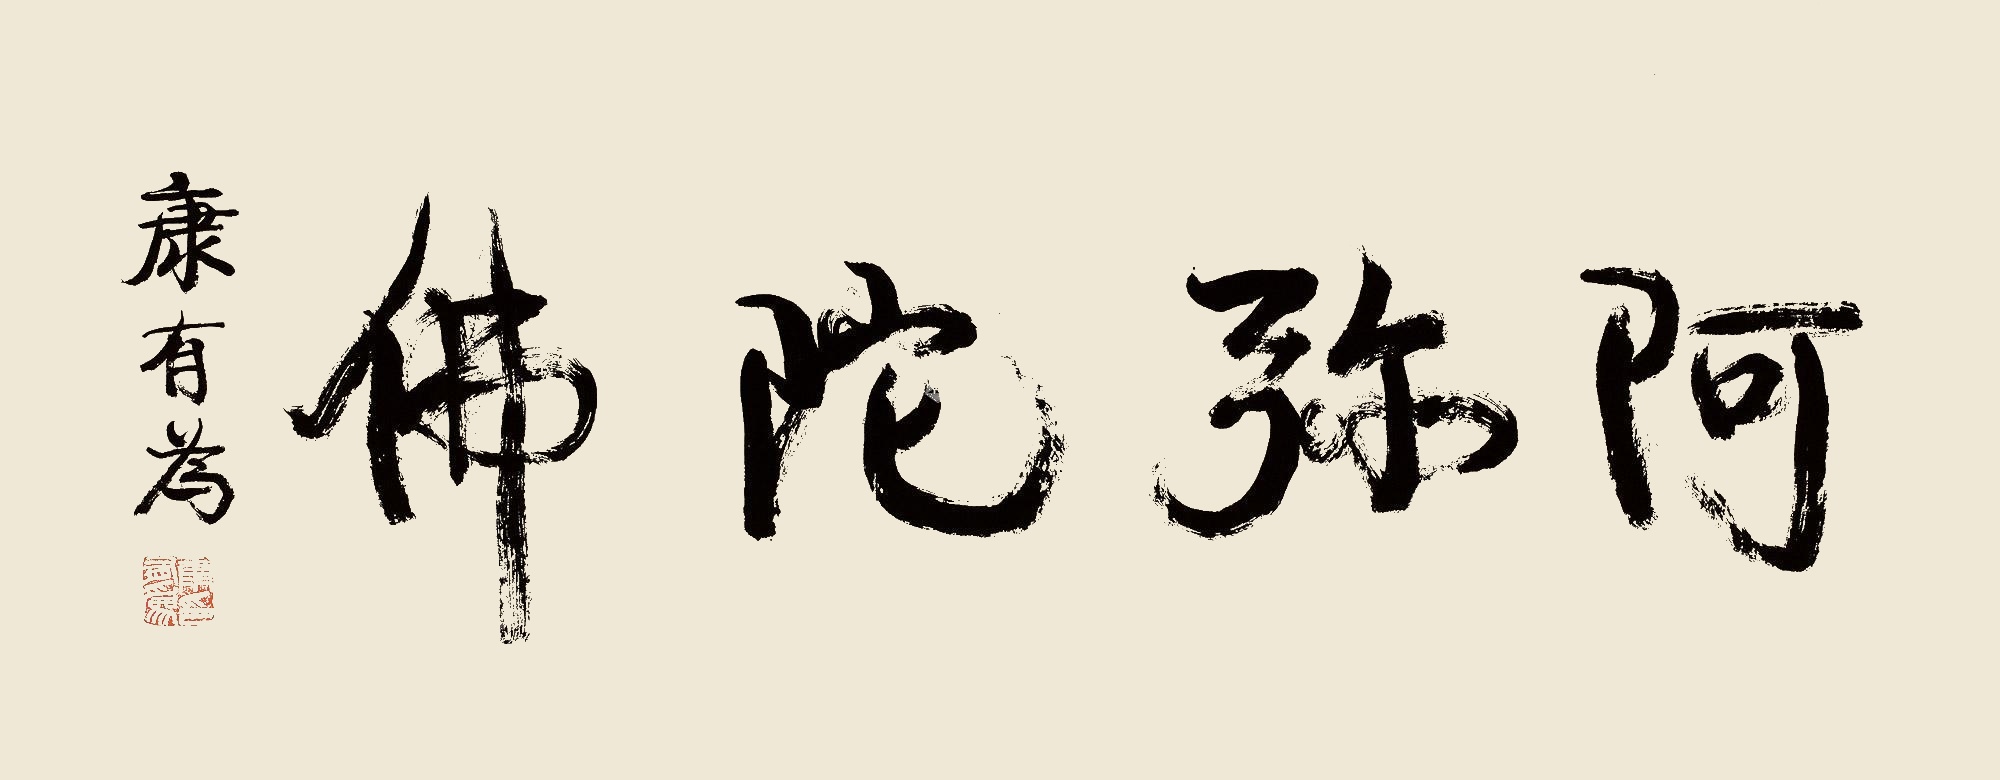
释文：阿弥陀佛。康有为。